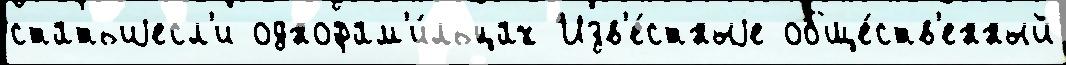
статьиjесл'и однофам'и́льцах Изв'е́стныjе обще́ств'енный